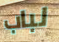
لباب